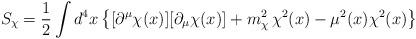
LaTeX: \begin{align*}S_\chi = \frac{1}{2} \int d^4x \left\{ [\partial^\mu \chi(x)] [\partial_\mu \chi(x)] + m_\chi^2 \, \chi^2(x) - \mu^2(x) \chi^2(x) \right\}\end{align*}